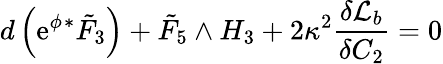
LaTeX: d\left(\mathrm{e}^{\phi}{}^{*}{\tilde{F}}_{3}\right)+{\tilde{F}}_{5}\wedge H_{3}+2\kappa^{2}\frac{\delta{\cal{L}}_{b}}{\delta C_{2}}=0